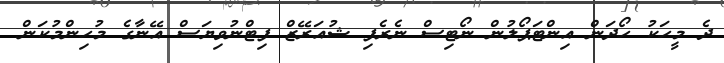
ދެ މީހަކު ހޯދަން އިންޓަޕޯލުން ނޯޓިސް ނެރެފި ޝުއަރޭޒް ފިޓްނުވިޔަސް އޭނާގެ މުހިންމުކަން